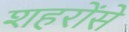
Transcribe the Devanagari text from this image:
शहरोंसे